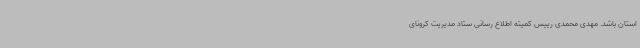
استان باشد. مهدی محمدی رییس کمیته اطلاع رسانی ستاد مدیریت کرونای